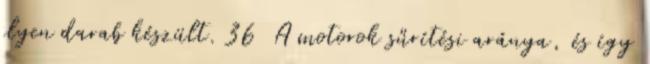
ilyen darab készült. 36 A motorok sűrítési aránya, és így